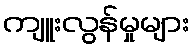
ကျူးလွန်မှုများ